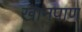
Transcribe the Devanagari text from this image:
खानपाण